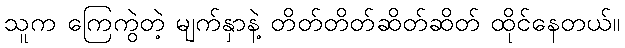
သူက ကြေကွဲတဲ့ မျက်နှာနဲ့ တိတ်တိတ်ဆိတ်ဆိတ် ထိုင်နေတယ်။